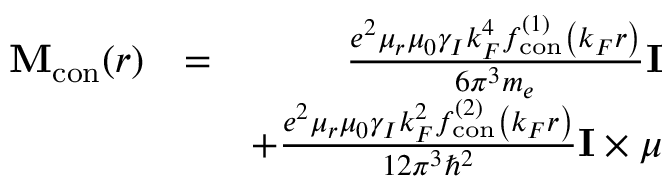
\begin{array} { r l r } { \mathbf { M } _ { \mathrm { c o n } } ( r ) } & { = } & { \frac { e ^ { 2 } \mu _ { r } \mu _ { 0 } \gamma _ { I } k _ { F } ^ { 4 } f _ { \mathrm { c o n } } ^ { ( 1 ) } \left( k _ { F } r \right) } { 6 \pi ^ { 3 } m _ { e } } \mathbf { I } } \\ & { } & { + \frac { e ^ { 2 } \mu _ { r } \mu _ { 0 } \gamma _ { I } k _ { F } ^ { 2 } f _ { \mathrm { c o n } } ^ { ( 2 ) } \left( k _ { F } r \right) } { 1 2 \pi ^ { 3 } \hbar ^ { 2 } } { \mathbf { I } \times \boldsymbol { \mu } } } \end{array}